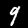
Digit: 9